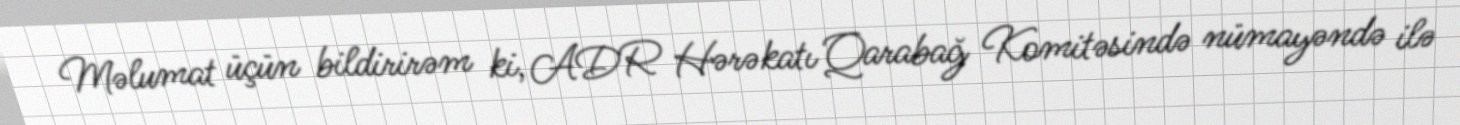
Məlumat üçün bildirirəm ki, ADR Hərəkatı Qarabağ Komitəsində nümayəndə ilə